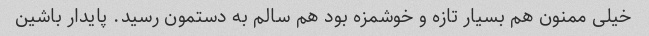
خیلی ممنون هم بسیار تازه و خوشمزه بود هم سالم به دستمون رسید. پایدار باشین